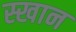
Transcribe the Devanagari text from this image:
स्खान